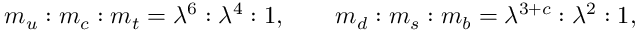
m _ { u } : m _ { c } : m _ { t } = \lambda ^ { 6 } : \lambda ^ { 4 } : 1 , \qquad m _ { d } : m _ { s } : m _ { b } = \lambda ^ { 3 + c } : \lambda ^ { 2 } : 1 ,